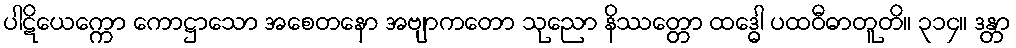
ပါဋိယေက္ကော ကောဋ္ဌာသော အစေတနော အဗျာကတော သုညော နိဿတ္တော ထဒ္ဓေါ ပထဝီဓာတူတိ။ ၃၁၄။ ဒန္တာ